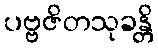
ပဗ္ဗဇိတသုခန္တိ